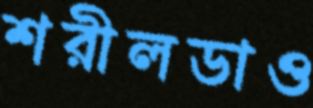
শরীলডাও